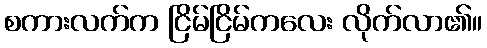
စကားလက်က ငြိမ်ငြိမ်ကလေး လိုက်လာ၏။